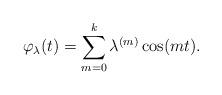
LaTeX: \begin{align*}\varphi_\lambda(t)=\sum_{m=0}^{k}{\lambda^{(m)} \cos(mt)}.\end{align*}